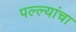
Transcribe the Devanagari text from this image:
पल्ल्यांचा